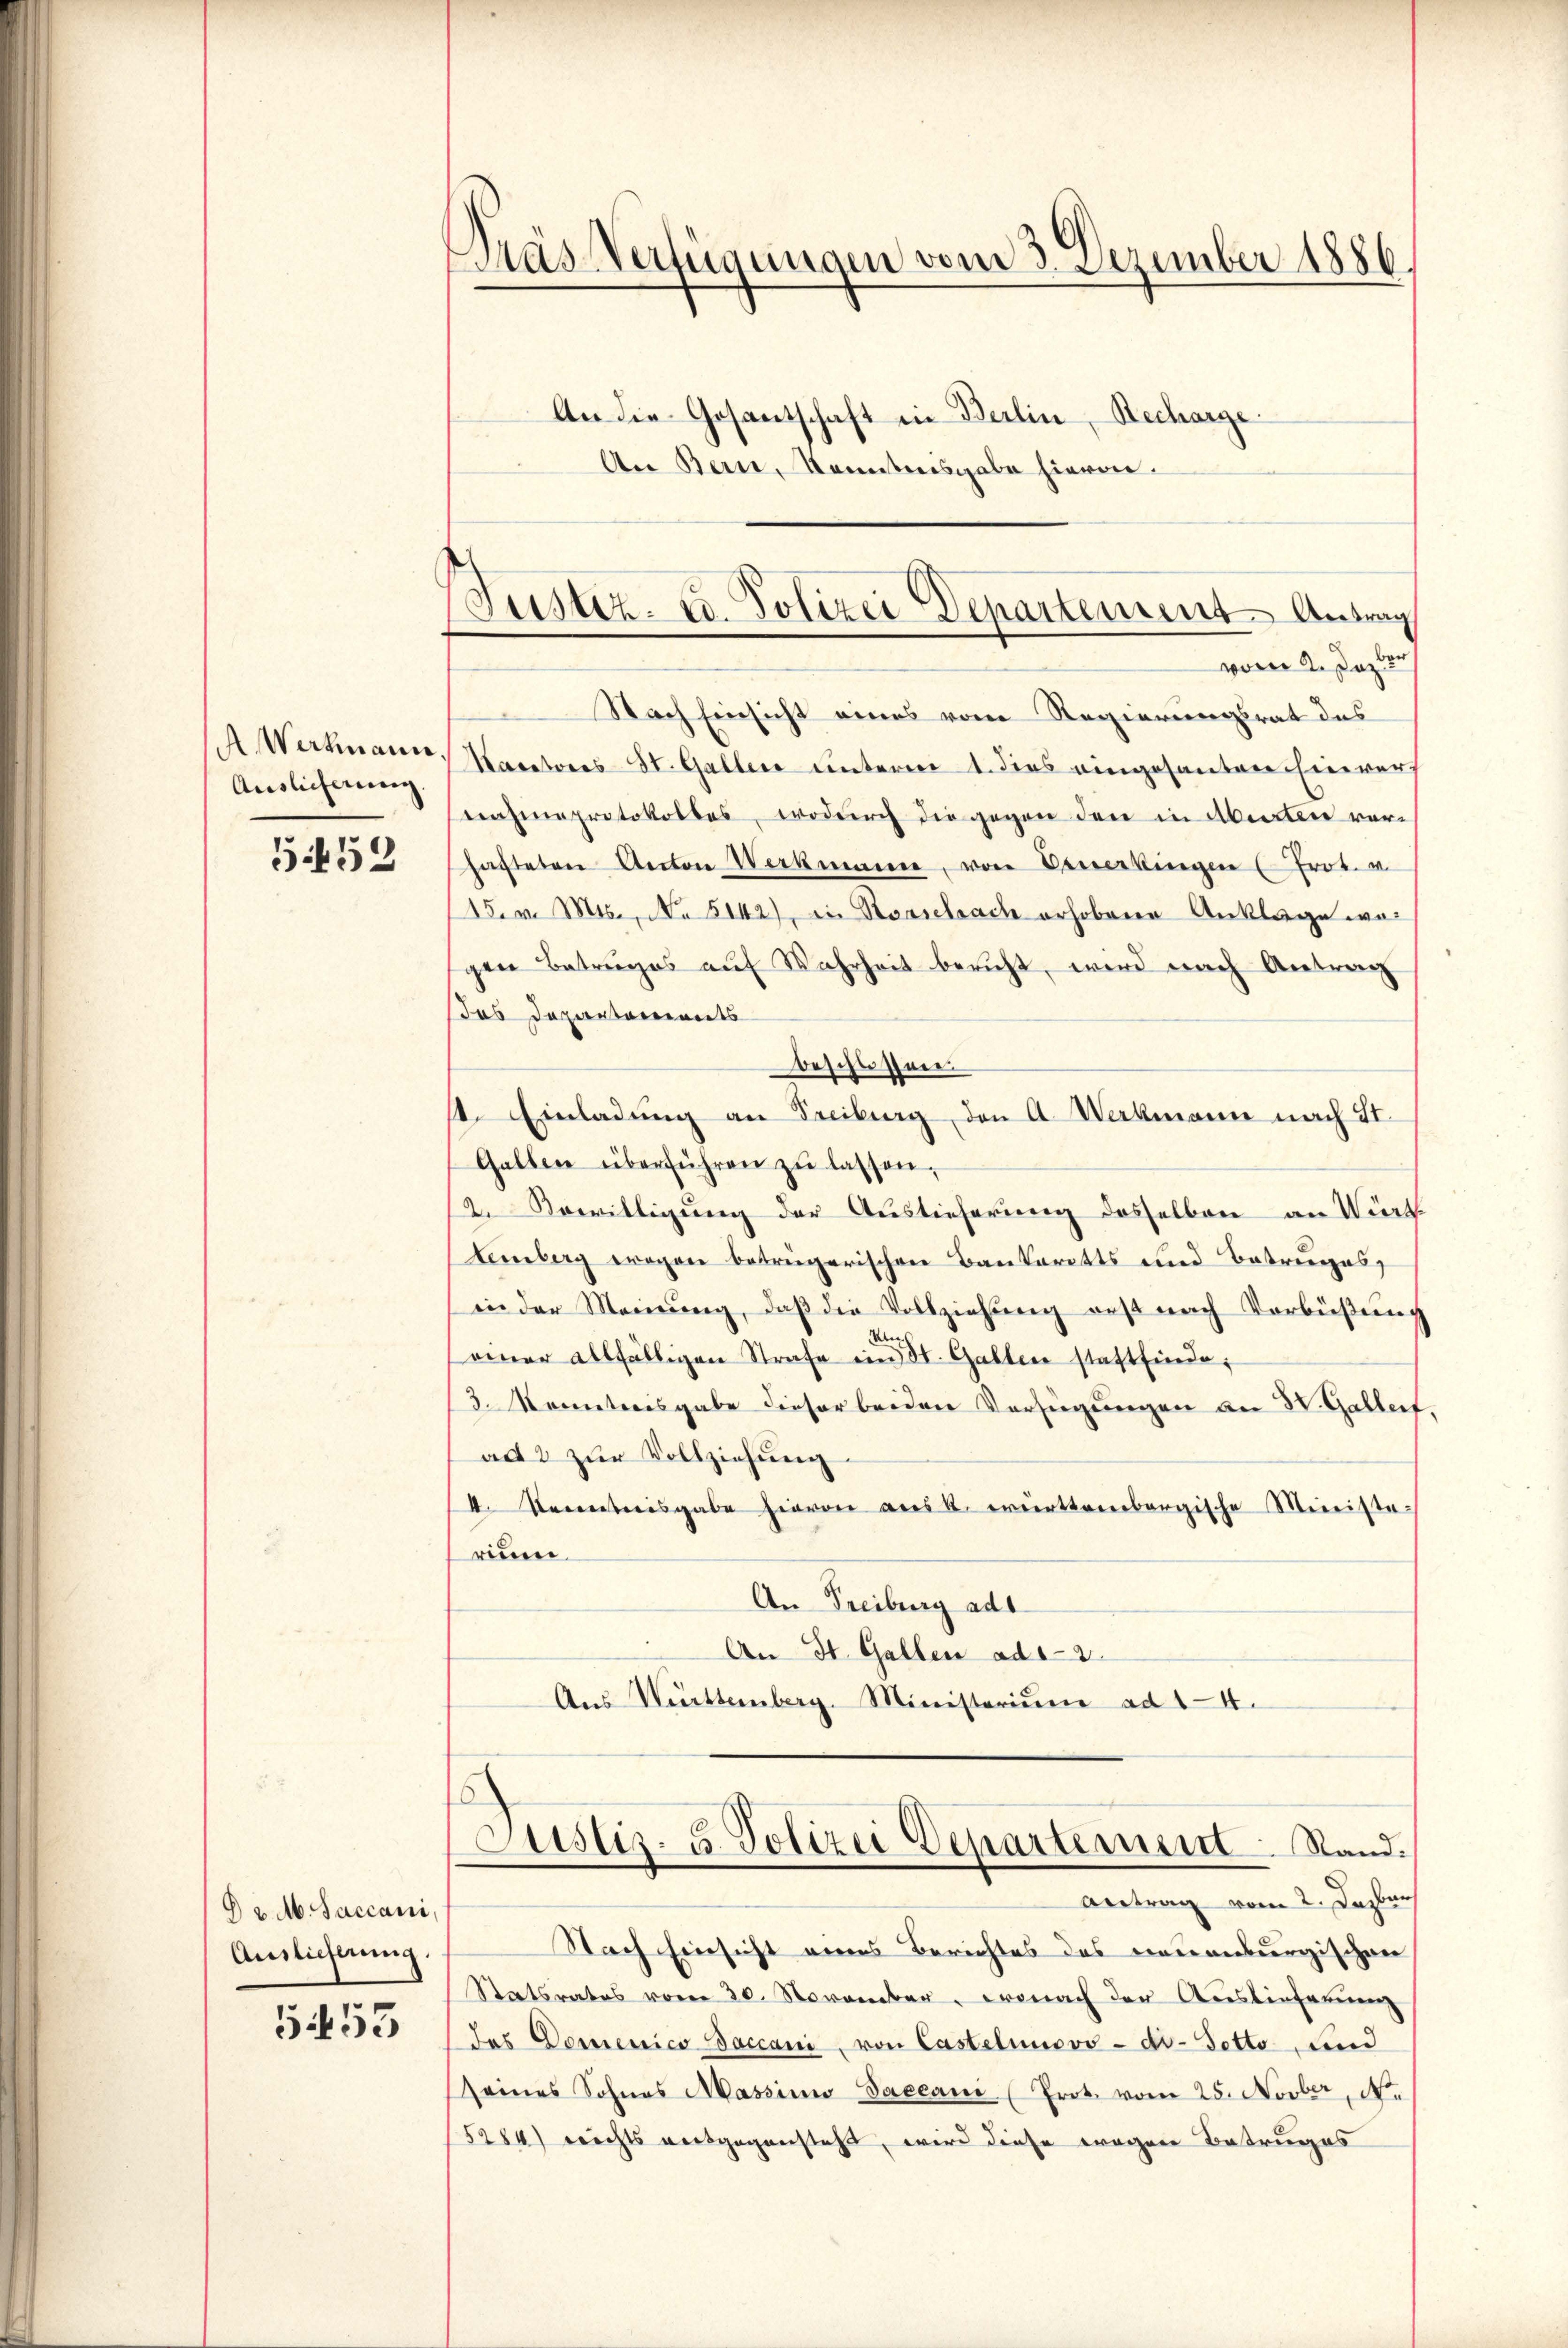
A Wertmann
Auslieferung

5452

§ 2. M. Jaccani,
Auslieferung.

5453

Pras Verfügungen vom 3. Dezember 1886.
An die Gesantschaft in Berlin, Recharge.
An Bern, Kenntnisgabe hievon

Justiz- u. Polizei Departement Antrag
von de sagter

Nach Einsicht eines vom Regierungsrat des
Nacetores St. Galler unterm 1. dies eingesanten Einwurf
nahmeprotokolles, wodurch die gegen den in Abenten ver-
hafteten Anton Werkmann, von Bemerkingen (Prot. u.
15. v. Mts., No 5142), in Roosebrach erhobene Anklage wei
gen Betruges aŭf Wahrheit bericht, wird nach Antrag
das Departements
Beschlossere
st. Einladung an Freiburg, den A. Werkmann nach St.
Gallen überführen zŭ lassen,
2. Bewilligung der Auslieferung desselben an Würte
Lemberg wegen betrügerischen Baukarotts und Betruges,
in der Meinŭng, daβ die Vollziehŭng erst nach Verbüßung
Un
(einer allfälligen Strafe ein St. Gallen stattfinde,
3. Monntersgabe dieser beiden Verfügungen an H. Galler,
ad 2 zur Vollziehung.
I. Recentreisgabe hievon aus k. württembergische Meinisterium.
An Freiburg ad
An St. Gallen ad 2
Aŭs Württemberg. Ministerium ad 14.

Antrag vom 2. Dezbar
Nach Einsicht eines Berichtes des neuenburgischen
Statsrates vom 30. November, wonach der Auslieferung
das Domenico Daccani, von Castetumsvo-do-Tetto, und
seines Sohnes Massimi Sacean (Prot. vom 25. Novber, Ne
5284) nichts vergegensteht, wird diese wegen Betruges

Justiz- u. Polizei Departement Stand: